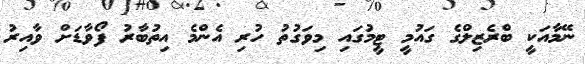
ނޭމާއަކީ ބްރެޒިލްގެ ގައުމީ ޓީމުގައި މިވަގުތު ހުރި އެންމެ އިތުބާރު ފޯވާޑަށް ވާއިރު